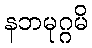
နဘမုဂ္ဂမိ